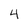
Character: 4